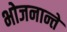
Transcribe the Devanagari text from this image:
भोजनान्ते